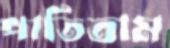
পাতিতাম